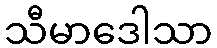
သီမာဒေါသာ